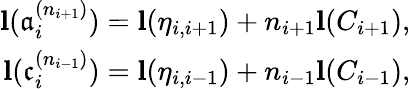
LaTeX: \begin{array}{r}{\mathbf{{l}}(\mathfrak{a}_{i}^{(n_{i+1})})=\mathbf{{l}}(\eta_{i,i+1})+n_{i+1}\mathbf{{l}}(C_{i+1}),}\\ {\mathbf{{l}}(\mathfrak{c}_{i}^{(n_{i-1})})=\mathbf{{l}}(\eta_{i,i-1})+n_{i-1}\mathbf{{l}}(C_{i-1}),}\end{array}